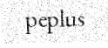
peplus